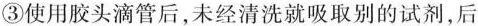
③使用胶头滴管后，未经清洗就吸取别的试剂，后